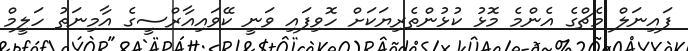
ފައިނަލް މެޗްގެ އެންމެ މޮޅު ކުޅުންތެރިޔަކަށް ހޮވިފައި ވަނީ ކޭވައިއާރްސީގެ އާމިނަތު ހަލީމް